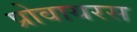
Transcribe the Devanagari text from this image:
प्रोवायरस